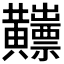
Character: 𪏫